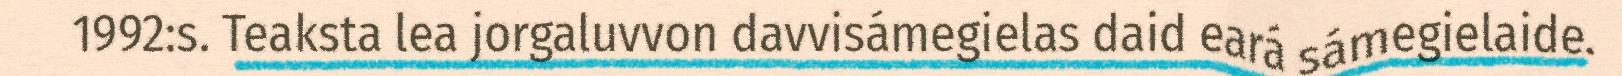
1992:s. Teaksta lea jorgaluvvon davvisámegielas daid eará sámegielaide.